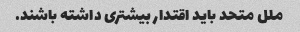
ملل متحد باید اقتدار بیشتری داشته باشند.